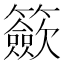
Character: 籨